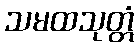
သမထသုတ္တံ